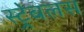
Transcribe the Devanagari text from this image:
स्ट्रेबलस